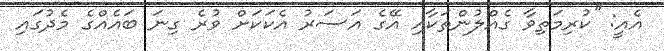
އެއީ: ''ކުރިމަތިވާ ގެއްލުންތަކާއި އޭގެ އަސަރު އެކަކަށް ވުރެ ގިނަ ބައެއްގެ މެދުގައި